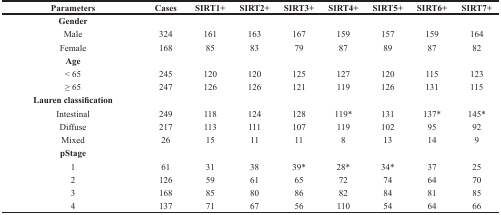
<table><thead><tr><td><b>Parameters</b></td><td><b>Cases</b></td><td><b>SIRT1+</b></td><td><b>SIRT2+</b></td><td><b>SIRT3+</b></td><td><b>SIRT4+</b></td><td><b>SIRT5+</b></td><td><b>SIRT6+</b></td><td><b>SIRT7+</b></td></tr></thead><tbody><tr><td><b>Gender</b></td><td></td><td></td><td></td><td></td><td></td><td></td><td></td><td></td></tr><tr><td>Male</td><td>324</td><td>161</td><td>163</td><td>167</td><td>159</td><td>157</td><td>159</td><td>164</td></tr><tr><td>Female</td><td>168</td><td>85</td><td>83</td><td>79</td><td>87</td><td>89</td><td>87</td><td>82</td></tr><tr><td><b>Age</b></td><td></td><td></td><td></td><td></td><td></td><td></td><td></td><td></td></tr><tr><td>&lt; 65</td><td>245</td><td>120</td><td>120</td><td>125</td><td>127</td><td>120</td><td>115</td><td>123</td></tr><tr><td>≥ 65</td><td>247</td><td>126</td><td>126</td><td>121</td><td>119</td><td>126</td><td>131</td><td>115</td></tr><tr><td><b>Lauren classification</b></td><td></td><td></td><td></td><td></td><td></td><td></td><td></td><td></td></tr><tr><td>Intestinal</td><td>249</td><td>118</td><td>124</td><td>128</td><td>119*</td><td>131</td><td>137*</td><td>145*</td></tr><tr><td>Diffuse</td><td>217</td><td>113</td><td>111</td><td>107</td><td>119</td><td>102</td><td>95</td><td>92</td></tr><tr><td>Mixed</td><td>26</td><td>15</td><td>11</td><td>11</td><td>8</td><td>13</td><td>14</td><td>9</td></tr><tr><td><b>pStage</b></td><td></td><td></td><td></td><td></td><td></td><td></td><td></td><td></td></tr><tr><td>1</td><td>61</td><td>31</td><td>38</td><td>39*</td><td>28*</td><td>34*</td><td>37</td><td>25</td></tr><tr><td>2</td><td>126</td><td>59</td><td>61</td><td>65</td><td>72</td><td>74</td><td>64</td><td>70</td></tr><tr><td>3</td><td>168</td><td>85</td><td>80</td><td>86</td><td>82</td><td>84</td><td>81</td><td>85</td></tr><tr><td>4</td><td>137</td><td>71</td><td>67</td><td>56</td><td>110</td><td>54</td><td>64</td><td>66</td></tr></tbody></table>